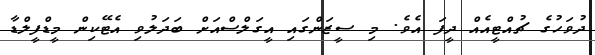
ދުވަހުގެ ޗުއްޓީއެއް ދީފަ އެވެ. މި ސީޒަންގައި އީގަލްސްއަށް ބަދަލުވި އެޓޭކިން މީޑްފީލްޑާ